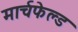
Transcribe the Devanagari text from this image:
मार्चफेल्ड